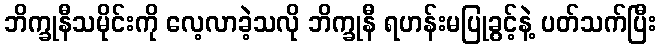
ဘိက္ခုနီသမိုင်းကို လေ့လာခဲ့သလို ဘိက္ခုနီ ရဟန်းမပြုခွင့်နဲ့ ပတ်သက်ပြီး